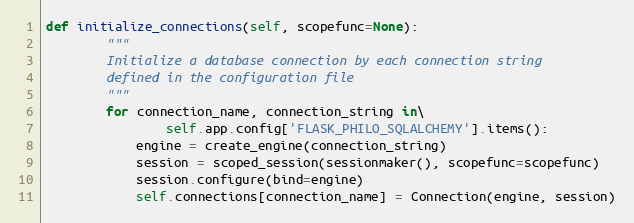
Language: Python
def initialize_connections(self, scopefunc=None):
        """
        Initialize a database connection by each connection string
        defined in the configuration file
        """
        for connection_name, connection_string in\
                self.app.config['FLASK_PHILO_SQLALCHEMY'].items():
            engine = create_engine(connection_string)
            session = scoped_session(sessionmaker(), scopefunc=scopefunc)
            session.configure(bind=engine)
            self.connections[connection_name] = Connection(engine, session)